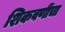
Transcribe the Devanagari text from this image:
शिकवणींचा